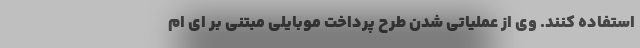
استفاده کنند. وی از عملیاتی شدن طرح پرداخت موبایلی مبتنی بر ای ام